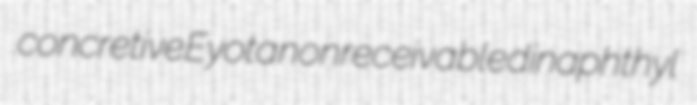
concretive Eyota nonreceivable dinaphthyl